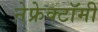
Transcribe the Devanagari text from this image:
नेफ्रेक्टॉमी